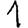
Digit: 1